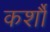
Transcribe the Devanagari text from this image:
कर्शौ